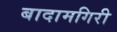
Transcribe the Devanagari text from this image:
बादामगिरी